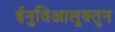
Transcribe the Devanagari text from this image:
ईनुविआलुक्तुन